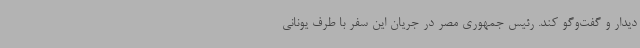
دیدار و گفت‌وگو کند. رئیس جمهوری مصر در جریان این سفر با طرف یونانی